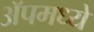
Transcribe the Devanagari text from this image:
ॲपमध्ये